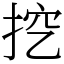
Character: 挖